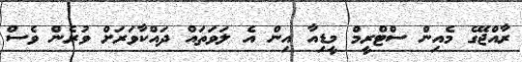
ރާއްޖޭގެ މެއިން ސްޓްރީމް މީޑިއާ އިން އެ ލަވަތައް ދައްކާވަރަށް ވުރެން ވެސް